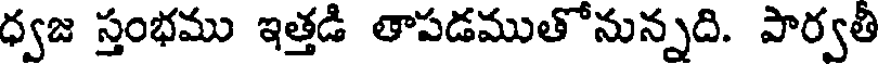
ధ్వజ స్తంభము ఇత్తడి తాపడముతోనున్నది. పార్వతీ